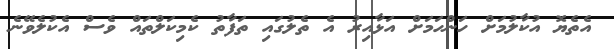
އެތެޔޮ އުކާލުމަށް ހަންހަމަށް އަޅާއިރު އެ ތެލުގައި ތަފާތު ކެމިކަލްތައް ވެސް އެކުލެވޭނެ